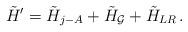
LaTeX: \begin{align*}\tilde{H}^{\prime}=\tilde{H}_{j-A}+\tilde{H}_{\cal G}+\tilde{H}_{LR}\,.\end{align*}